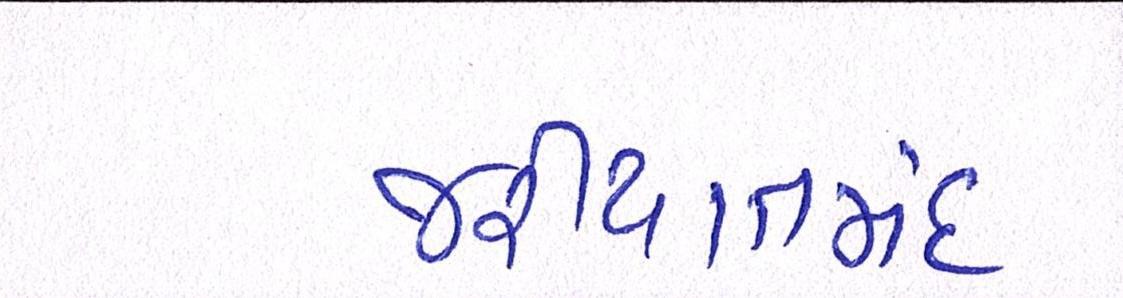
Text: જરીયાતમંદ